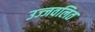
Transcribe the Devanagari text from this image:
उज्जवलित